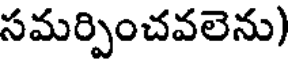
సమర్పించవలెను)